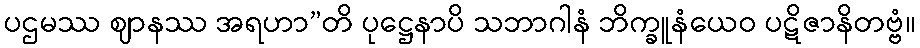
ပဌမဿ ဈာနဿ အရဟာ”တိ ပုဋ္ဌေနာပိ သဘာဂါနံ ဘိက္ခူနံယေဝ ပဋိဇာနိတဗ္ဗံ။